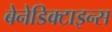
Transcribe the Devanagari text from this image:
बेनेडिक्टाइन्स